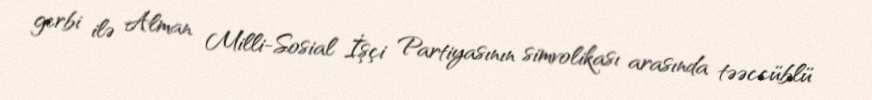
gerbi ilə Alman Milli-Sosial İşçi Partiyasının simvolikası arasında təəccüblü